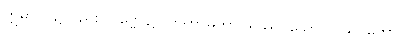
ဣဓာပိ၊ ၌လည်း။ ပုဗ္ဗေ၊ ၌။ ကတာဓိကာဂရဿ၊ သော။ ပုညဝတော၊